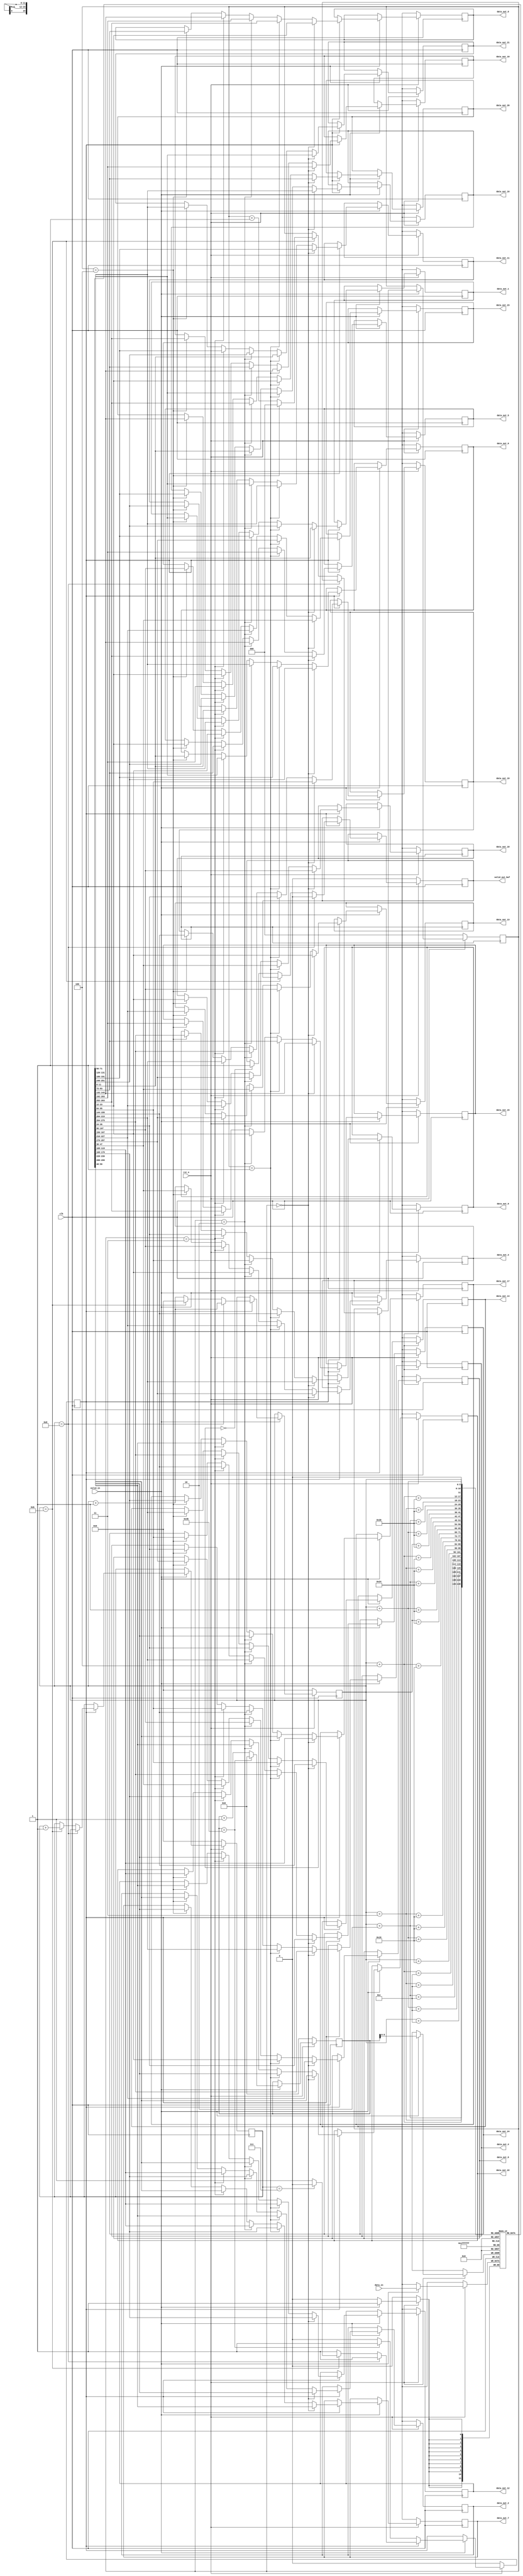
`timescale 1ns / 1ps

//  Design     : 2nd Convolution Layer for CNN MNIST dataset Input Buffer

 module conv2_buf #(parameter WIDTH = 12, HEIGHT = 12, DATA_BITS = 12) (
   input clk,
   input rst_n,
   input valid_in,
   input [DATA_BITS - 1:0] data_in,
   output reg [DATA_BITS - 1:0] data_out_0, data_out_1, data_out_2, data_out_3, data_out_4,
   data_out_5, data_out_6, data_out_7, data_out_8, data_out_9,
   data_out_10, data_out_11, data_out_12, data_out_13, data_out_14,
   data_out_15, data_out_16, data_out_17, data_out_18, data_out_19,
   data_out_20, data_out_21, data_out_22, data_out_23, data_out_24,
   output reg valid_out_buf
 );

 localparam FILTER_SIZE = 5;
 
 reg [DATA_BITS - 1:0] buffer [0:WIDTH * FILTER_SIZE - 1];
 reg [DATA_BITS - 1:0] buf_idx;
 reg [4:0] w_idx, h_idx;
 reg [2:0] buf_flag;  // 0 ~ 4
 reg state;

 always @(posedge clk) begin
   if(~rst_n) begin
     buf_idx <= 0;
     w_idx <= 0;
     h_idx <= 0;
     buf_flag <= 0;
     state <= 0;
     valid_out_buf <= 0;
     data_out_0 <= 12'bx;
     data_out_1 <= 12'bx;
     data_out_2 <= 12'bx;
     data_out_3 <= 12'bx;
     data_out_4 <= 12'bx;
     data_out_5 <= 12'bx;
     data_out_6 <= 12'bx;
     data_out_7 <= 12'bx;
     data_out_8 <= 12'bx;
     data_out_9 <= 12'bx;
     data_out_10 <= 12'bx;
     data_out_11 <= 12'bx;
     data_out_12 <= 12'bx;
     data_out_13 <= 12'bx;
     data_out_14 <= 12'bx;
     data_out_15 <= 12'bx;
     data_out_16 <= 12'bx;
     data_out_17 <= 12'bx;
     data_out_18 <= 12'bx;
     data_out_19 <= 12'bx;
     data_out_20 <= 12'bx;
     data_out_21 <= 12'bx;
     data_out_22 <= 12'bx;
     data_out_23 <= 12'bx;
     data_out_24 <= 12'bx;
   end else begin
   if(valid_in) begin
     buf_idx <= buf_idx + 1'b1;
     if(buf_idx == WIDTH * FILTER_SIZE - 1) begin // buffer size = 140 = 28(w) * 5(h)
       buf_idx <= 0;
     end

     buffer[buf_idx] <= data_in;  // data input

     // Wait until first 140 input data filled in buffer
     if(!state) begin
       if(buf_idx == WIDTH * FILTER_SIZE - 1) begin
         state <= 1;
       end
     end else begin // valid state
       w_idx <= w_idx + 1'b1; // move right

      if(w_idx == WIDTH - FILTER_SIZE + 1) begin
        valid_out_buf <= 1'b0;  // unvalid area
      end else if(w_idx == WIDTH - 1) begin
        buf_flag <= buf_flag + 1;
        if(buf_flag == FILTER_SIZE - 1) begin
          buf_flag <= 0;
        end

        w_idx <= 0;

        if(h_idx == HEIGHT - FILTER_SIZE) begin // done 1 input read -> 28 * 28
          h_idx <= 0;
          state <= 0;
        end
          h_idx <= h_idx + 1;

      end else if(w_idx == 0) begin
        valid_out_buf <= 1'b1;  // start valid area
      end

      // Buffer Selection -> 5 * 5
     if(buf_flag == 3'd0) begin
       data_out_0 <= buffer[w_idx];
       data_out_1 <= buffer[w_idx + 1];
       data_out_2 <= buffer[w_idx + 2];
       data_out_3 <= buffer[w_idx + 3];
       data_out_4 <= buffer[w_idx + 4];

       data_out_5 <= buffer[w_idx + WIDTH];
       data_out_6 <= buffer[w_idx + 1 + WIDTH];
       data_out_7 <= buffer[w_idx + 2 + WIDTH];
       data_out_8 <= buffer[w_idx + 3 + WIDTH];
       data_out_9 <= buffer[w_idx + 4 + WIDTH];

       data_out_10 <= buffer[w_idx + WIDTH * 2];
       data_out_11 <= buffer[w_idx + 1 + WIDTH * 2];
       data_out_12 <= buffer[w_idx + 2 + WIDTH * 2];
       data_out_13 <= buffer[w_idx + 3 + WIDTH * 2];
       data_out_14 <= buffer[w_idx + 4 + WIDTH * 2];

       data_out_15 <= buffer[w_idx + WIDTH * 3];
       data_out_16 <= buffer[w_idx + 1 + WIDTH * 3];
       data_out_17 <= buffer[w_idx + 2 + WIDTH * 3];
       data_out_18 <= buffer[w_idx + 3 + WIDTH * 3];
       data_out_19 <= buffer[w_idx + 4 + WIDTH * 3];

       data_out_20 <= buffer[w_idx + WIDTH * 4];
       data_out_21 <= buffer[w_idx + 1 + WIDTH * 4];
       data_out_22 <= buffer[w_idx + 2 + WIDTH * 4];
       data_out_23 <= buffer[w_idx + 3 + WIDTH * 4];
       data_out_24 <= buffer[w_idx + 4 + WIDTH * 4];
     end else if(buf_flag == 3'd1) begin
       data_out_0 <= buffer[w_idx + WIDTH];
       data_out_1 <= buffer[w_idx + 1 + WIDTH];
       data_out_2 <= buffer[w_idx + 2 + WIDTH];
       data_out_3 <= buffer[w_idx + 3 + WIDTH];
       data_out_4 <= buffer[w_idx + 4 + WIDTH];

       data_out_5 <= buffer[w_idx + WIDTH * 2];
       data_out_6 <= buffer[w_idx + 1 + WIDTH * 2];
       data_out_7 <= buffer[w_idx + 2 + WIDTH * 2];
       data_out_8 <= buffer[w_idx + 3 + WIDTH * 2];
       data_out_9 <= buffer[w_idx + 4 + WIDTH * 2];

       data_out_10 <= buffer[w_idx + WIDTH * 3];
       data_out_11 <= buffer[w_idx + 1 + WIDTH * 3];
       data_out_12 <= buffer[w_idx + 2 + WIDTH * 3];
       data_out_13 <= buffer[w_idx + 3 + WIDTH * 3];
       data_out_14 <= buffer[w_idx + 4 + WIDTH * 3];

       data_out_15 <= buffer[w_idx + WIDTH * 4];
       data_out_16 <= buffer[w_idx + 1 + WIDTH * 4];
       data_out_17 <= buffer[w_idx + 2 + WIDTH * 4];
       data_out_18 <= buffer[w_idx + 3 + WIDTH * 4];
       data_out_19 <= buffer[w_idx + 4 + WIDTH * 4];

       data_out_20 <= buffer[w_idx];
       data_out_21 <= buffer[w_idx + 1];
       data_out_22 <= buffer[w_idx + 2];
       data_out_23 <= buffer[w_idx + 3];
       data_out_24 <= buffer[w_idx + 4];
     end else if(buf_flag == 3'd2) begin
       data_out_0 <= buffer[w_idx + WIDTH * 2];
       data_out_1 <= buffer[w_idx + 1 + WIDTH * 2];
       data_out_2 <= buffer[w_idx + 2 + WIDTH * 2];
       data_out_3 <= buffer[w_idx + 3 + WIDTH * 2];
       data_out_4 <= buffer[w_idx + 4 + WIDTH * 2];

       data_out_5 <= buffer[w_idx + WIDTH * 3];
       data_out_6 <= buffer[w_idx + 1 + WIDTH * 3];
       data_out_7 <= buffer[w_idx + 2 + WIDTH * 3];
       data_out_8 <= buffer[w_idx + 3 + WIDTH * 3];
       data_out_9 <= buffer[w_idx + 4 + WIDTH * 3];

       data_out_10 <= buffer[w_idx + WIDTH * 4];
       data_out_11 <= buffer[w_idx + 1 + WIDTH * 4];
       data_out_12 <= buffer[w_idx + 2 + WIDTH * 4];
       data_out_13 <= buffer[w_idx + 3 + WIDTH * 4];
       data_out_14 <= buffer[w_idx + 4 + WIDTH * 4];

       data_out_15 <= buffer[w_idx];
       data_out_16 <= buffer[w_idx + 1];
       data_out_17 <= buffer[w_idx + 2];
       data_out_18 <= buffer[w_idx + 3];
       data_out_19 <= buffer[w_idx + 4];

       data_out_20 <= buffer[w_idx + WIDTH];
       data_out_21 <= buffer[w_idx + 1 + WIDTH];
       data_out_22 <= buffer[w_idx + 2 + WIDTH];
       data_out_23 <= buffer[w_idx + 3 + WIDTH];
       data_out_24 <= buffer[w_idx + 4 + WIDTH];
     end else if(buf_flag == 3'd3) begin
       data_out_0 <= buffer[w_idx + WIDTH * 3];
       data_out_1 <= buffer[w_idx + 1 + WIDTH * 3];
       data_out_2 <= buffer[w_idx + 2 + WIDTH * 3];
       data_out_3 <= buffer[w_idx + 3 + WIDTH * 3];
       data_out_4 <= buffer[w_idx + 4 + WIDTH * 3];

       data_out_5 <= buffer[w_idx + WIDTH * 4];
       data_out_6 <= buffer[w_idx + 1 + WIDTH * 4];
       data_out_7 <= buffer[w_idx + 2 + WIDTH * 4];
       data_out_8 <= buffer[w_idx + 3 + WIDTH * 4];
       data_out_9 <= buffer[w_idx + 4 + WIDTH * 4];

       data_out_10 <= buffer[w_idx];
       data_out_11 <= buffer[w_idx + 1];
       data_out_12 <= buffer[w_idx + 2];
       data_out_13 <= buffer[w_idx + 3];
       data_out_14 <= buffer[w_idx + 4];

       data_out_15 <= buffer[w_idx + WIDTH];
       data_out_16 <= buffer[w_idx + 1 + WIDTH];
       data_out_17 <= buffer[w_idx + 2 + WIDTH];
       data_out_18 <= buffer[w_idx + 3 + WIDTH];
       data_out_19 <= buffer[w_idx + 4 + WIDTH];

       data_out_20 <= buffer[w_idx + WIDTH * 2];
       data_out_21 <= buffer[w_idx + 1 + WIDTH * 2];
       data_out_22 <= buffer[w_idx + 2 + WIDTH * 2];
       data_out_23 <= buffer[w_idx + 3 + WIDTH * 2];
       data_out_24 <= buffer[w_idx + 4 + WIDTH * 2];      
     end else if(buf_flag == 3'd4) begin
       data_out_0 <= buffer[w_idx + WIDTH * 4];
       data_out_1 <= buffer[w_idx + 1 + WIDTH * 4];
       data_out_2 <= buffer[w_idx + 2 + WIDTH * 4];
       data_out_3 <= buffer[w_idx + 3 + WIDTH * 4];
       data_out_4 <= buffer[w_idx + 4 + WIDTH * 4];

       data_out_5 <= buffer[w_idx];
       data_out_6 <= buffer[w_idx + 1];
       data_out_7 <= buffer[w_idx + 2];
       data_out_8 <= buffer[w_idx + 3];
       data_out_9 <= buffer[w_idx + 4];

       data_out_10 <= buffer[w_idx + WIDTH];
       data_out_11 <= buffer[w_idx + 1 + WIDTH];
       data_out_12 <= buffer[w_idx + 2 + WIDTH];
       data_out_13 <= buffer[w_idx + 3 + WIDTH];
       data_out_14 <= buffer[w_idx + 4 + WIDTH];

       data_out_15 <= buffer[w_idx + WIDTH * 2];
       data_out_16 <= buffer[w_idx + 1 + WIDTH * 2];
       data_out_17 <= buffer[w_idx + 2 + WIDTH * 2];
       data_out_18 <= buffer[w_idx + 3 + WIDTH * 2];
       data_out_19 <= buffer[w_idx + 4 + WIDTH * 2];

       data_out_20 <= buffer[w_idx + WIDTH * 3];
       data_out_21 <= buffer[w_idx + 1 + WIDTH * 3];
       data_out_22 <= buffer[w_idx + 2 + WIDTH * 3];
       data_out_23 <= buffer[w_idx + 3 + WIDTH * 3];
       data_out_24 <= buffer[w_idx + 4 + WIDTH * 3];   
     end
     end
   end
 end
 end
endmodule